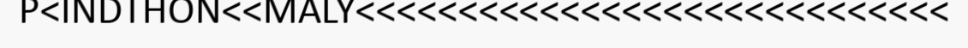
P<INDTHON<<MALY<<<<<<<<<<<<<<<<<<<<<<<<<<<<<